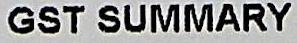
GST SUMMARY